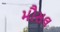
મૌસલ